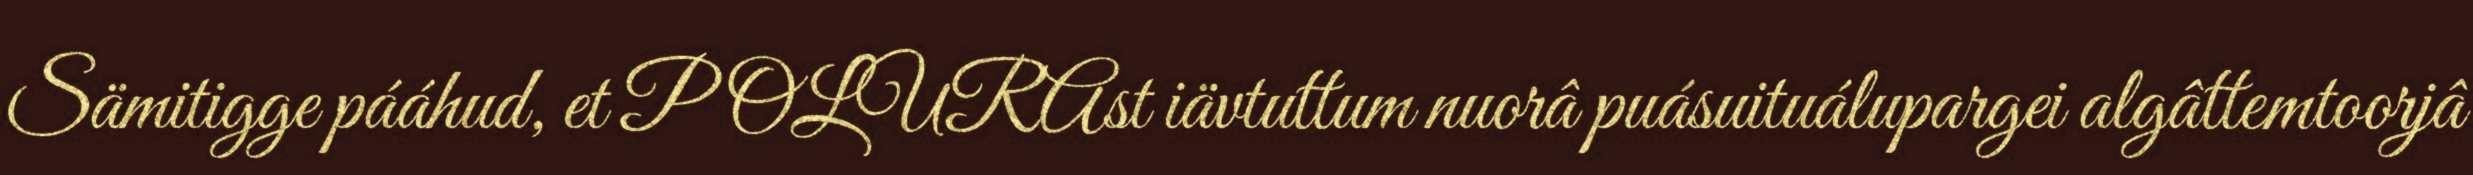
Sämitigge pááhud, et POLURAst iävtuttum nuorâ puásuituálupargei algâttemtoorjâ